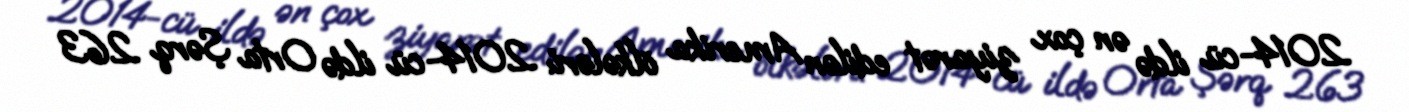
2014-cü ildə ən çox ziyarət edilən Amerika ölkələri: 2014-cü ildə Orta Şərq 263